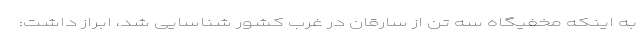
به اینکه مخفیگاه سه تن از سارقان در غرب کشور شناسایی شد، ابراز داشت: